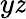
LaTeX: y\mathit{z}